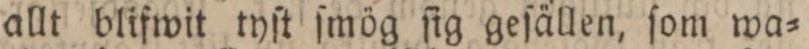
allt blifwit tyſt ſmög ſig geſällen, ſom wa=